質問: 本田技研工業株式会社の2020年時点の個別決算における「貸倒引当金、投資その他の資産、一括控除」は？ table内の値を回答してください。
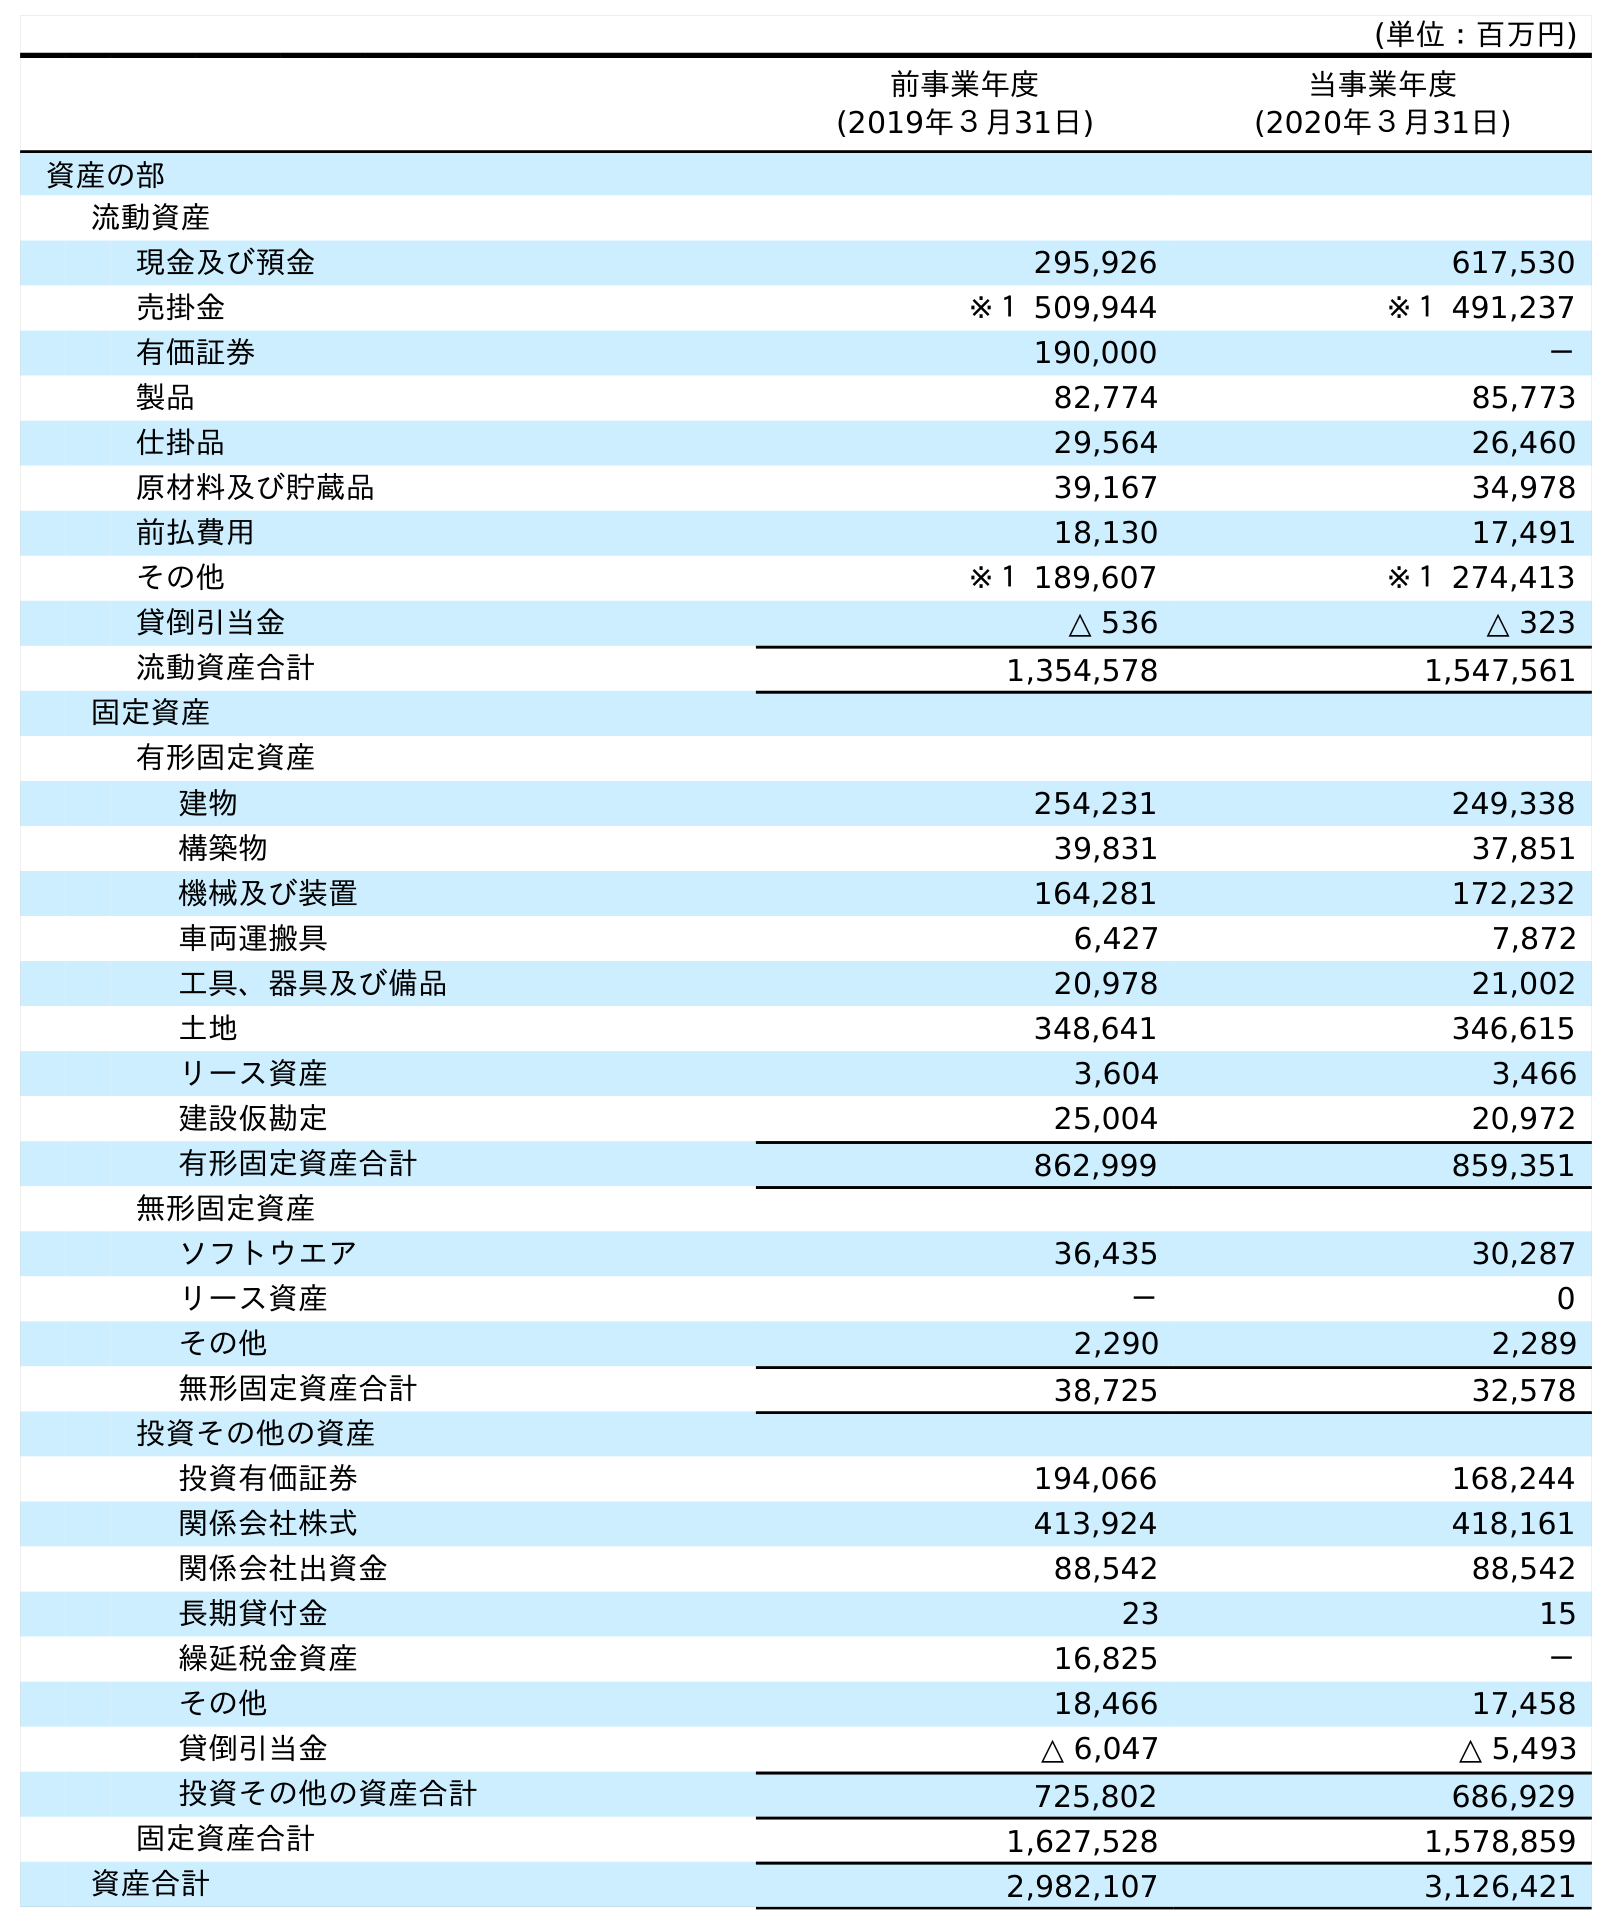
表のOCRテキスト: (単位：百万円) 前事業年度 (2019年３月31日) 当事業年度 (2020年３月31日) 資産の部 流動資産 現金及び預金 295,926 617,530 売掛金 ※１ 509,944 ※１ 491,237 有価証券 190,000 － 製品 82,774 85,773 仕掛品 29,564 26,460 原材料及び貯蔵品 39,167 34,978 前払費用 18,130 17,491 その他 ※１ 189,607 ※１ 274,413 貸倒引当金 △ 536 △ 323 流動資産合計 1,354,578 1,547,561 固定資産 有形固定資産 建物 254,231 249,338 構築物 39,831 37,851 機械及び装置 164,281 172,232 車両運搬具 6,427 7,872 工具、器具及び備品 20,978 21,002 土地 348,641 346,615 リース資産 3,604 3,466 建設仮勘定 25,004 20,972 有形固定資産合計 862,999 859,351 無形固定資産 ソフトウエア 36,435 30,287 リース資産 － 0 その他 2,290 2,289 無形固定資産合計 38,725 32,578 投資その他の資産 投資有価証券 194,066 168,244 関係会社株式 413,924 418,161 関係会社出資金 88,542 88,542 長期貸付金 23 15 繰延税金資産 16,825 － その他 18,466 17,458 貸倒引当金 △ 6,047 △ 5,493 投資その他の資産合計 725,802 686,929 固定資産合計 1,627,528 1,578,859 資産合計 2,982,107 3,126,421
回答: △5,493